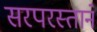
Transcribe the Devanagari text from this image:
सरपरस्ताने